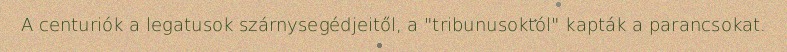
A centuriók a legatusok szárnysegédjeitől, a "tribunusoktól" kapták a parancsokat.